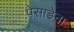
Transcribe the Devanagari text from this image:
पेसाडेना